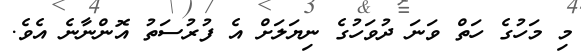
މި މަހުގެ ހަތް ވަނަ ދުވަހުގެ ނިޔަލަށް އެ ފުރުސަތު އޮންނާނެ އެވެ.